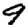
Digit: 9